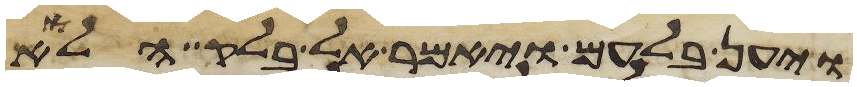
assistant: ויען בלעם ויאמר אל בלק הלוא